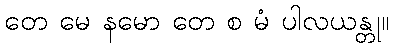
တေ မေ နမော တေ စ မံ ပါလယန္တု။